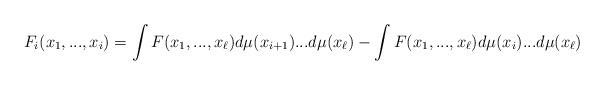
\begin{align*} F_i(x_1,...,x_i)=\int F(x_1,...,x_\ell)d\mu(x_{i+1})...d\mu(x_\ell)- \int F(x_1,...,x_\ell)d\mu(x_i)...d\mu(x_\ell) \end{align*}